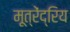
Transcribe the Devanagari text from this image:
मूत्रेंद्रिय